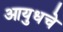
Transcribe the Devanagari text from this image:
आयुधचे